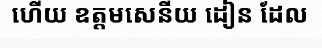
ហើយ ឧត្តមសេនីយ ដៀន ដែល